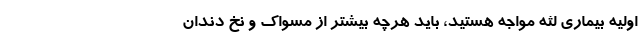
اولیه بیماری لثه مواجه هستید، باید هرچه بیشتر از مسواک و نخ دندان